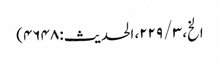
الخ، ۳ / ۲۲۹، الحدیث: ۴۶۴۸)